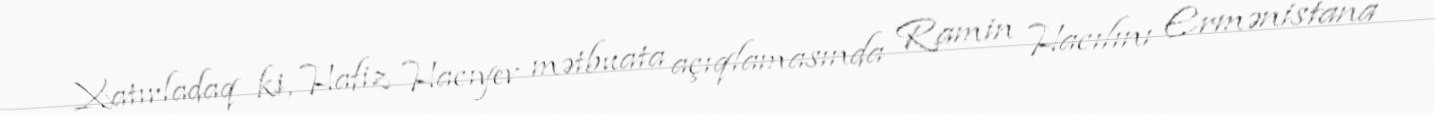
Xatırladaq ki, Hafiz Hacıyev mətbuata açıqlamasında Ramin Hacılını Ermənistana